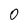
Character: 0